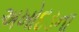
અખોદડના